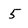
Character: 5